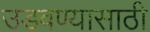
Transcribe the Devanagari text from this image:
उडवण्यासाठी